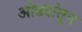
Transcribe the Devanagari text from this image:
ओढ्यांतून